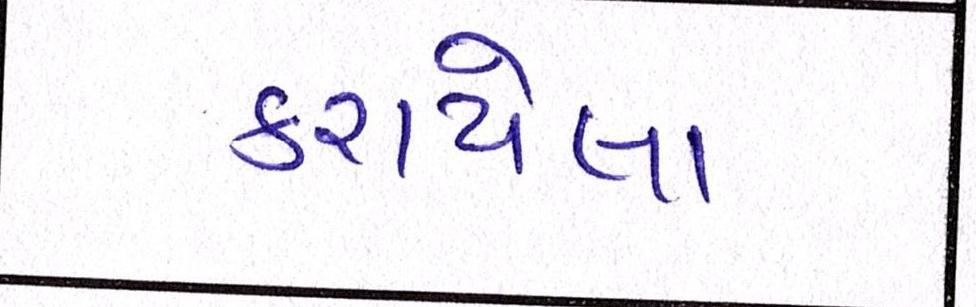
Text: કરાયેલા